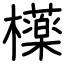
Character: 𣟿